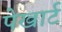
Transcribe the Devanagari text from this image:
पेखार्ट